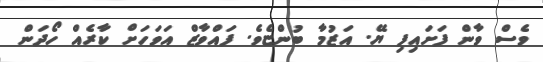
ވެސް ވާން ފަށައިފި ޔޭ. އަޒުމާ ބުންޏެވެ. ފައްވާޒް އަވަހަށް ކާރެއް ހޯދަން